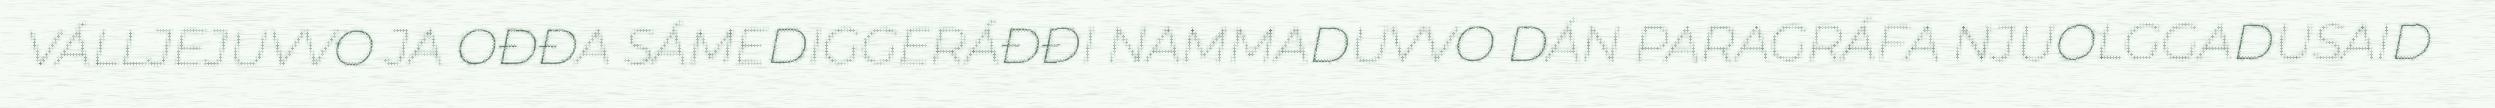
VÁLLJEJUVVO JA OĐĐA SÁMEDIGGERÁĐĐI NAMMADUVVO DÁN PARAGRÁFA NJUOLGGADUSAID